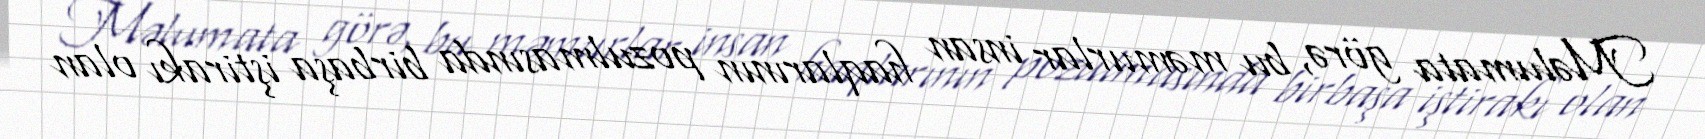
Məlumata görə, bu məmurlar insan haqlarının pozulmasında birbaşa iştirakı olan